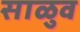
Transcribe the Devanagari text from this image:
साळुव